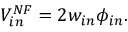
V _ { i n } ^ { N F } = 2 w _ { i n } \phi _ { i n } .